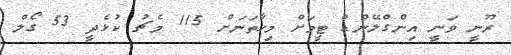
ރޫނީ ވަނީ އިންގްލޭންޑް ޓީމަށް މިހާތަނަށް 115 މެޗު ކުޅެދީ 53 ގޯލް